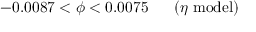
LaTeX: - 0 . 0 0 8 7 < \phi < 0 . 0 0 7 5 \ \ \ \ \ ( \eta \ \mathrm { m o d e l } )